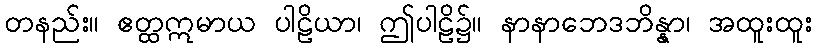
တနည်း။ ဧတ္ထဣမာယ ပါဠိယာ၊ ဤပါဠိ၌။ နာနာဘေဒဘိန္နာ၊ အထူးထူး